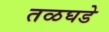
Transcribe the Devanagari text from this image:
तळघडे